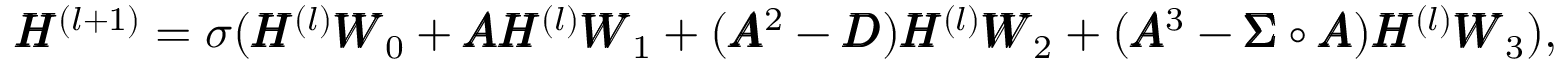
\begin{array} { r } { \pmb { H } ^ { ( l + 1 ) } = \sigma ( \pmb { H } ^ { ( l ) } \pmb { W } _ { 0 } + \pmb { A } \pmb { H } ^ { ( l ) } \pmb { W } _ { 1 } + ( \pmb { A } ^ { 2 } - \pmb { D } ) \pmb { H } ^ { ( l ) } \pmb { W } _ { 2 } + ( \pmb { A } ^ { 3 } - \pmb { \Sigma } \circ \pmb { A } ) \pmb { H } ^ { ( l ) } \pmb { W } _ { 3 } ) , } \end{array}